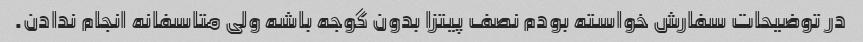
در توضیحات سفارش خواسته بودم نصف پیتزا بدون گوجه باشه ولی متاسفانه انجام ندادن.